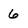
Character: 6